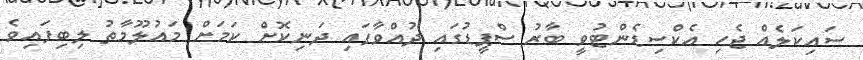
ސައިކަލެއް ޖެހި އެކްސިޑެންޓުވީ ބާރު ސްޕީޑުގައި ދުއްވާފައި ދަނިކޮށް ކަމަށް މައުލޫމާތު ލިބިފައިވެ